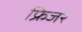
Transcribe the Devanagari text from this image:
फ्रिजर